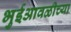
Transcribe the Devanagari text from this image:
भुईआवळीच्या